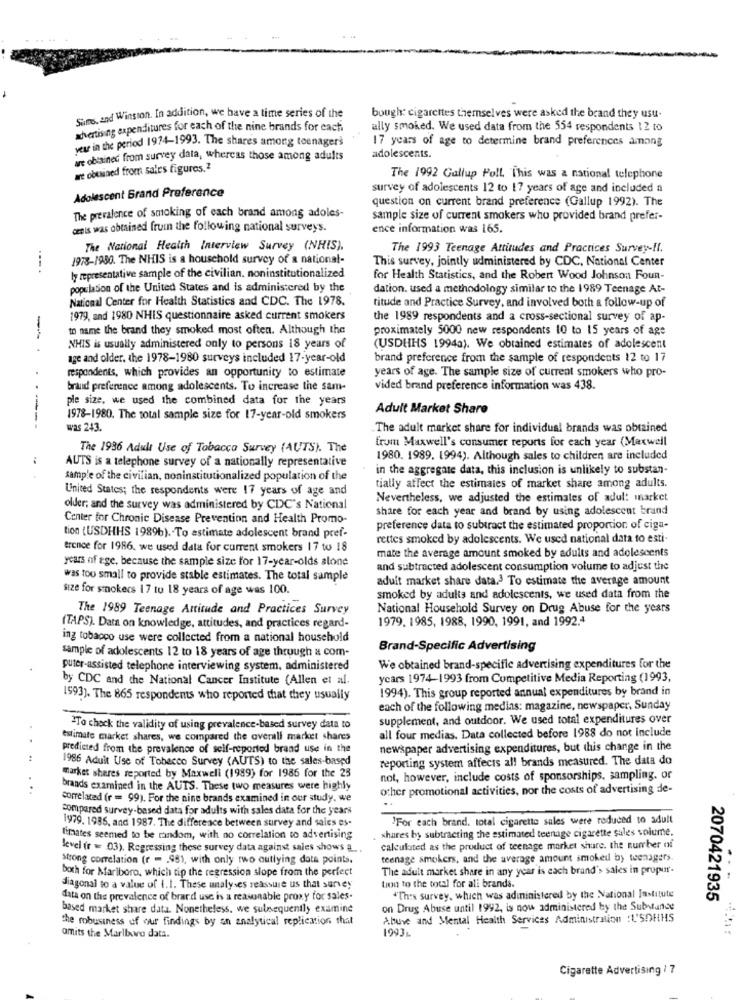
Sims, and Winsion. In addition, we have a time series of the
bough: cigarettes themselves were asked the brand they usu-
advertising expenditures for each of the nine brands for each
ally smoked. We used data from the 554 respondents 12 to
17 years of age to determine brand preferences among
year in the period 1974-1993. The shares among teenagers
are obtained from survey data, whereas those among adults
adolescents.
are obtained from sales figures,2
The 1992 Gallup Poll. This was a national telephone
Adolescent Grand Preference
survey of adolescents 12 to 17 years of age and included a
question on current brand preference (Gallup 1992). The
The prevalence of smoking of each brand among adoles-
sample size of current smokers who provided brand prefer-
cents was obtained frum the following national surveys.
ence information was 165,
The National Health Interview Survey (NHIS),
The 1993 Teenage Attitudes and Practices Survey-Il.
1978-1980. The NHIS is a household survey of a national-
This survey, jointly administered by CDC, National Center
ly representative sample of the civilian, noninstitutionalized
for Health Statistics, and the Robert Wood Johnson Foun-
population of the United States and is administered by the
dation. used a methodology similar to the 1989 Teenage At-
National Center for Health Statistics and CDC. The 1978.
titude and Practice Survey, and involved both a follow-up of
1979, and 1980 NHIS questionnaire asked current smokers
the 1989 respondents and a cross-sectional survey of ap-
to name the brand they smoked most often. Although the
proximately 5000 new respondents 10 to 15 years of age
--
NHIS is usually administered only to persons 18 years of
(USDHHS 1994a). We obtained estimates of adolescent
age and older, the 1978-1980 surveys included 17-year-old
brand preference from the sample of respondents 12 to 17
respondents, which provides an opportunity to estimate
years of age. The sample size of current smokers who pro-
brand preference among adolescents. To increase the sam-
vided brand preference information was 438.
ple size, we used the combined data for the years
Adult Market Share
1978-1980. The total sample size for 17-year-old smokers
----
was 243.
The adult market share for individual brands was obtained
from Maxwell's consumer reports for each year (Maxwell
The 1936 Adult Use of Tobacco Survey (AUTS). The
1980. 1989. 1994). Although sales to children are included
AUTS is a telephone survey of a nationally representative
* in the aggregate data, this inclusion is unlikely to substan-
sample of the civilian, noninstitutionalized population of the
United States; the respondents were 17 years of age and
tially affect the estimates of market share among adults.
Nevertheless, we adjusted the estimates of adul: market
older; and the survey was administered by CDC's National
share for each year and brand by using adolescent brand
Center for Chronic Disease Prevention and Health Promo-
preference data to subtract the estimated proportion of ciga-
tion (USDHHS 1989b). To estimate adolescent brand pref-
rettes smoked by adolescents. We used national data to esti
erence for 1986, we used data for current smokers 17 to 18
years of age, because the sample size for 17-year-olds alone
mate the average amount smoked by adults and adolescents
and subtracted adolescent consumption volume to adjust the
was too small to provide stable estimates. The total sample
adult market share data.3 To estimate the average amount
Size for smokers 17 tu 18 years of age was 100.
smoked by adults and adolescents, we used data from the
The 1989 Teenage Attitude and Practices Survey
National Household Survey on Drug Abuse for the years
1979. 1985, 1988, 1990, 1991, and 1992.4
(TAPS). Data on knowledge, attitudes, and practices regard-
ing tobacco use were collected from a national household
Brand-Specific Advertising
sample of adolescents 12 to 18 years of age through a com-
puter-assisted telephone interviewing system, administered
We obtained brand-specific advertising expenditures for the
by CDC and the National Cancer Institute (Allen et al.
years 1974-1993 from Competitive Media Reporting (1993,
1994). This group reported annual expenditures by brand in
1993). The 865 respondents who reported that they usually
each of the following medias: magazine, newspaper, Sunday
supplement, and outdoor. We used total expenditures over
"To check the validity of using prevalence-based survey data to
all four medias. Data collected before 1988 do not include
estimate market shares, we compared the overall market shares
predicted from the prevalence of self-reported brand use in the
newspaper advertising expenditures, but this change in the
1986 Adult Use of Tobacco Survey (AUTS) to the sales-based
reporting system affects all brands measured. The data do
market shares reported by Maxwell (1989) for 1986 for the 25
not, however, include costs of sponsorships, sampling, or
...
brands examined in the AUTS. These two measures were highly
other promotional activities, nor the costs of advertising de-
correlated (r = 99). For the nine brands examined in our study, we
compared survey-based data for adults with sales data for the years
'For each brand, total cigarette sales were reduced to adult
1979. 1985, and 1987. The difference between survey and sales es-
shares by subtracting the estimated teenage cigarette sales volume.
timates seemed to be random, with no correlation to advertising
level (r = 03). Regressing these survey data against sales shows a ..
calculated as the product of teenage market share. the number of
strong correlation (r - . 981, with only two outlying data points.
teenage smokers, and the average amount smoked by wenagers.
The adult market share in any year is each brand's sales in propur-
both for Marlboro, which tip the regression slope from the perfect
diagonal to a value of 1.1. These unalyses reassure us that survey
tion to the total for all brands.
data on the prevalence of brard use is a reasonable proxy for sales.
"Thes survey, which was administered by the National Institute
2070421935
based market share data. Nonetheless. we sulnequently examine
on Drug Abuse until 1992, is now administered by the Substance
the robusiness of our findings by an analytical replication that
Above and Mental Health Services Administration :L'SDHHS
1993%
omits the Marlboro data.
Cigarette Advertising / 7